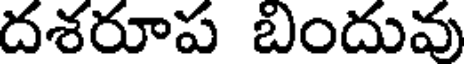
దశరూప బిందువు